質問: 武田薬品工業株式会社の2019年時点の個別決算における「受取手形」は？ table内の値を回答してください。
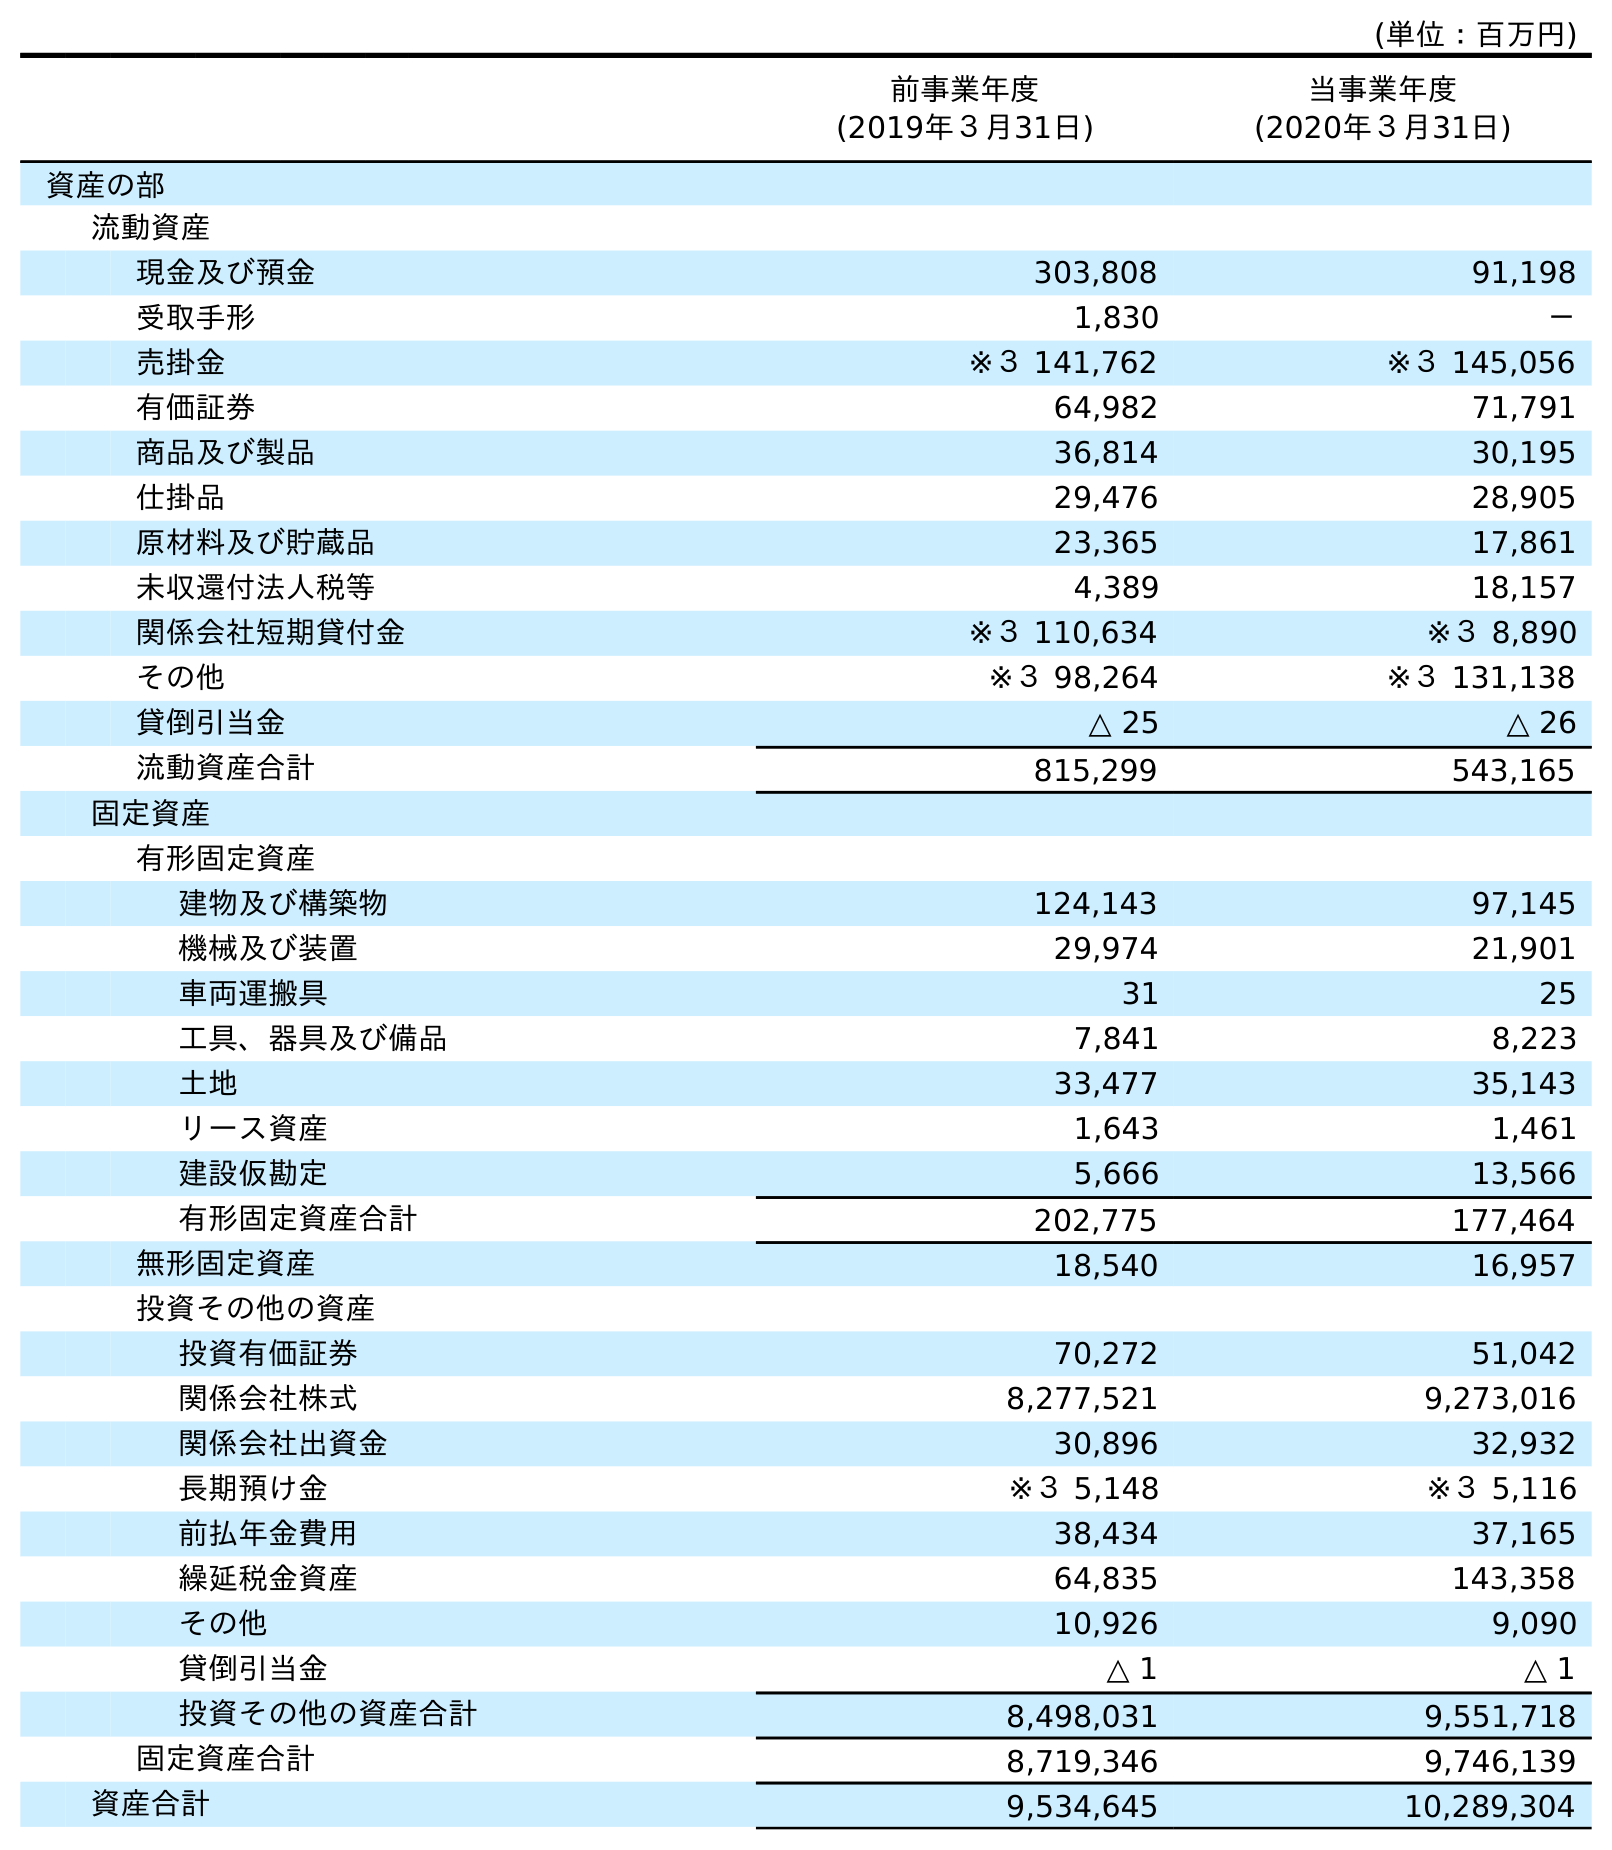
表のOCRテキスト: (単位：百万円) 前事業年度 (2019年３月31日) 当事業年度 (2020年３月31日) 資産の部 流動資産 現金及び預金 303,808 91,198 受取手形 1,830 － 売掛金 ※３ 141,762 ※３ 145,056 有価証券 64,982 71,791 商品及び製品 36,814 30,195 仕掛品 29,476 28,905 原材料及び貯蔵品 23,365 17,861 未収還付法人税等 4,389 18,157 関係会社短期貸付金 ※３ 110,634 ※３ 8,890 その他 ※３ 98,264 ※３ 131,138 貸倒引当金 △ 25 △ 26 流動資産合計 815,299 543,165 固定資産 有形固定資産 建物及び構築物 124,143 97,145 機械及び装置 29,974 21,901 車両運搬具 31 25 工具、器具及び備品 7,841 8,223 土地 33,477 35,143 リース資産 1,643 1,461 建設仮勘定 5,666 13,566 有形固定資産合計 202,775 177,464 無形固定資産 18,540 16,957 投資その他の資産 投資有価証券 70,272 51,042 関係会社株式 8,277,521 9,273,016 関係会社出資金 30,896 32,932 長期預け金 ※３ 5,148 ※３ 5,116 前払年金費用 38,434 37,165 繰延税金資産 64,835 143,358 その他 10,926 9,090 貸倒引当金 △ 1 △ 1 投資その他の資産合計 8,498,031 9,551,718 固定資産合計 8,719,346 9,746,139 資産合計 9,534,645 10,289,304
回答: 1,830